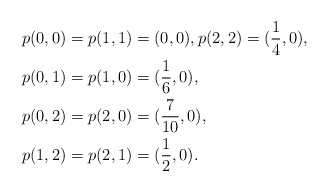
\begin{align*}&p(0,0)=p(1,1)=(0,0), p(2,2)=(\frac{1}{4},0),\\&p(0,1)=p(1,0)=(\frac{1}{6},0),\\&p(0,2)=p(2,0)=(\frac{7}{10},0),\\&p(1,2)=p(2,1)=(\frac{1}{2},0).\\\end{align*}